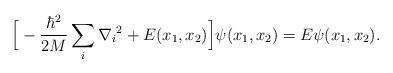
LaTeX: \begin{align*}\Big[-\frac{\hbar^2}{2M}\sum_{i}{\nabla_i}^2+E(x_1,x_2)\Big]\psi(x_1,x_2)=E\psi(x_1,x_2).\end{align*}